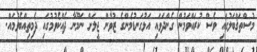
މުސްތަޤްބަލުގައި ވެސް ކުރައްވަމުން ގެންދަވައި އަޅުގަނޑުމެންގެ ޒުވާން ޖީލަށް ނަމޫނާ ދެއްކެވުމުގައި ދެމިތިއްބެވުމައް.